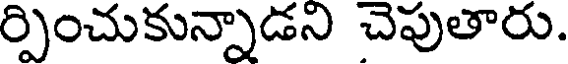
ర్పించుకున్నాడని చెపుతారు.